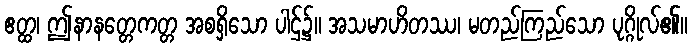
ဧတ္ထ၊ ဤနာနတ္တေကတ္တ အစရှိသော ပါဌ်၌။ အသမာဟိတဿ၊ မတည်ကြည်သော ပုဂ္ဂိုလ်၏။